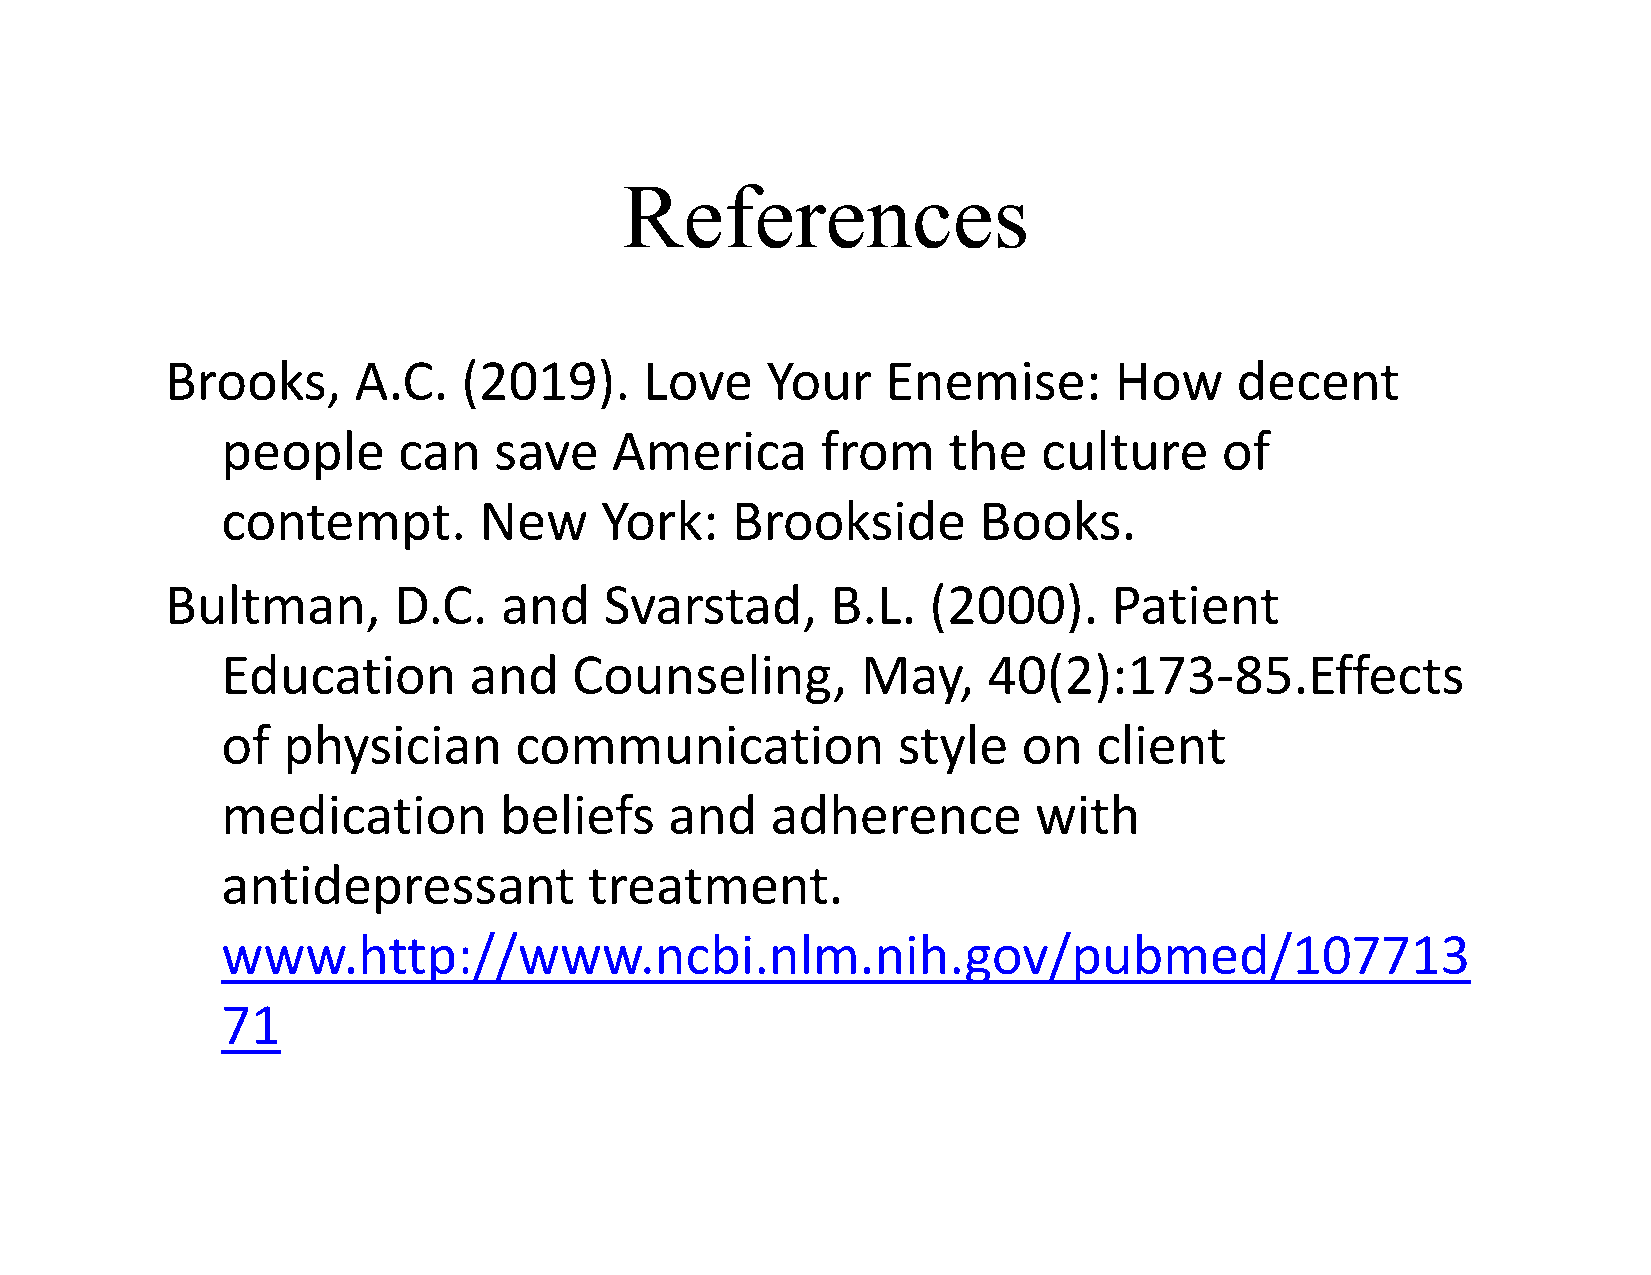
References
 Brooks,     A.C.    (2019).     Love    Your    Enemise:       How     decent
 people     can    save   America       from     the   culture     of
 contempt.        New     York:   Brookside        Books.
 Bultman,       D.C.   and    Svarstad,      B.L.  (2000).      Patient
 Education       and    Counseling,        May,    40(2):173-85.Effects
 of  physician      communication            style    on   client
 medication        beliefs    and    adherence        with
 antidepressant          treatment.
 www.http://www.ncbi.nlm.nih.gov/pubmed/107713
 71